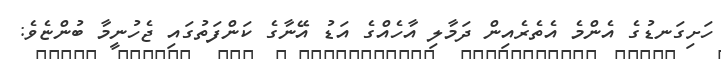
ހަށިގަނޑުގެ އެންމެ އެތެރެއިން ދަމާލި އާހެއްގެ އަޑު އޭނާގެ ކަންފަތުގައި ޖެހުނީމާ ބުންޏެވެ: